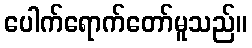
ပေါက်ရောက်တော်မူသည်။